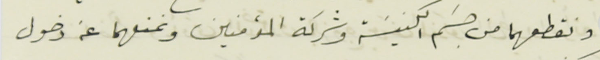
ونقطعهما من جسَم الكنيسَة وشركة المؤمنين ونمنعهما عن دخول